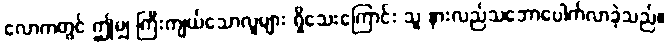
လောကတွင် ဤမျှ ကြီးကျယ်သောလူများ ရှိသေးကြောင်း သူ နားလည်သဘောပေါက်လာခဲ့သည်။